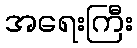
အရေးကြီး